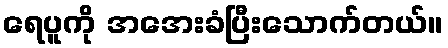
ရေပူကို အအေးခံပြီးသောက်တယ်။